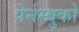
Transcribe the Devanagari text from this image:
पेर्नम्बुको